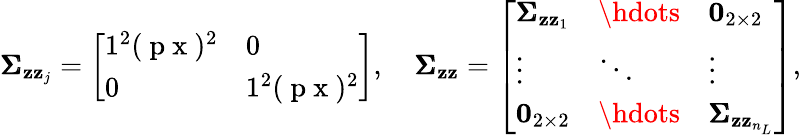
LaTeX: \pmb{\Sigma}_{\mathbf{z}\mathbf{z}_{j}}=\left[\begin{array}{ll}{1^{2}(\mathrm{~p~x~})^{2}}&{0}\\ {0}&{1^{2}(\mathrm{~p~x~})^{2}}\end{array}\right],\quad\pmb{\Sigma}_{\mathbf{z}\mathbf{z}}=\left[\begin{array}{lll}{\pmb{\Sigma}_{\mathbf{z}\mathbf{z}_{1}}}&{\hdots}&{\mathbf{0}_{2\times 2}}\\ {\vdots}&{\ddots}&{\vdots}\\ {\mathbf{0}_{2\times 2}}&{\hdots}&{\pmb{\Sigma}_{\mathbf{z}\mathbf{z}_{n_{L}}}}\end{array}\right],